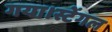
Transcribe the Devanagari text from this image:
गया।स्टेंगल